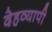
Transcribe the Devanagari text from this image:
देहव्यापी